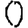
Digit: 0